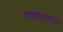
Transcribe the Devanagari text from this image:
दशशालांत